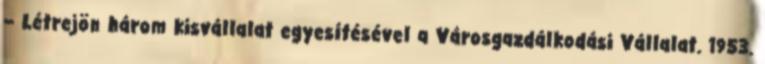
– Létrejön három kisvállalat egyesítésével a Városgazdálkodási Vállalat. 1953.